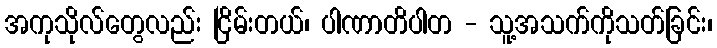
အကုသိုလ်တွေလည်း ငြိမ်းတယ်၊ ပါဏာတိပါတ - သူ့အသက်ကိုသတ်ခြင်း၊